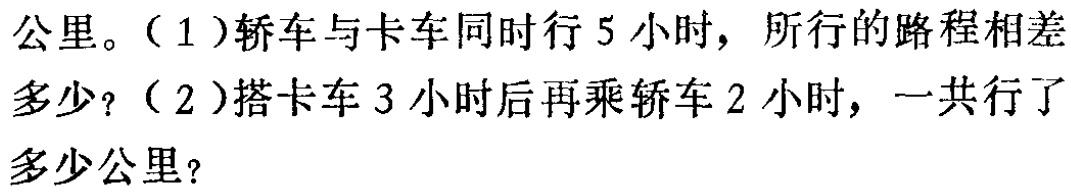
公里。（1）轿车与卡车同时行5小时，所行的路程相差多少？（2）搭卡车3小时后再乘轿车2小时，一共行了多少公里？